system: You are a helpful assistant.
user:
Analyze the provided spectrum to determine if it is a **S-type Star**.

- **Key Indicators for S-type Star:**

    - **(Overall Spectrum Shape):** The first and most obvious characteristic is the overall continuum (the "baseline" shape). It is **extremely "red-sloping,"** meaning the flux (light intensity) is very low on the left side (blue, ~4000-4500 Å) and rises steeply and continuously toward the right side (red, ~7000 Å+).

    - **(Primary):** The spectrum is defined by the presence of strong, broad molecular absorption "valleys" (bands) from **Zirconium Oxide (ZrO)**. The identification of these bands is the **primary requirement** for classifying a star as S-type.
        - **(Key Bandheads):** You must find distinct, deep "dips" where the light has been absorbed. The most critical band systems to locate are:
            - **~6474 Å** ($\gamma$-system): This is often the strongest and clearest ZrO feature, found in the red part of the spectrum.
            - **~5718 Å** & **~5551 Å** ($\beta$-system): A pair of prominent absorption features in the yellow-orange part of the spectrum.
            - **~4640 Å** ($\alpha$-system): A key absorption band system in the blue-green region of the spectrum.

    - **(Secondary Confirmation):** The classification is strengthened by finding additional absorption bands from other related heavy element oxides, which are expected to be present alongside ZrO.
        - **(Key Bandheads):**
            - **Yttrium Oxide (YO):** Look for absorption dips near **~4800 Å** and **~6100 Å**.
            - **Lanthanum Oxide (LaO):** Additional absorption features, particularly in the red-orange part of the spectrum, are also characteristic.

    - **(Line Profile):** The combination of the steep red continuum and these numerous, deep molecular bands (ZrO, YO, etc.) gives the entire spectrum a very **"chopped-up"** or **"bumpy"** appearance. Instead of a smooth curve, the spectrum looks as though large, wide chunks of light have been "carved out" of it at the specific wavelengths listed above.

Think first, call **spectral_visualization_tool** if needed to examine features in detail, then provide your final answer. Your response must adhere to the following strict rules:
1.  **Overall Structure:** Your response must follow the format `<think>...</think> <tool_call>...</tool_call> (if a tool is used) <answer>...</answer>`.
2.  **Tool Usage Constraint:** You may only make **one** tool call per turn.
3.  **Final Answer Format:** In the `<answer>` tag, your conclusion must be inside a `\boxed{}` command (e.g., `\boxed{YES}` or `\boxed{NO}`), followed by your justification.

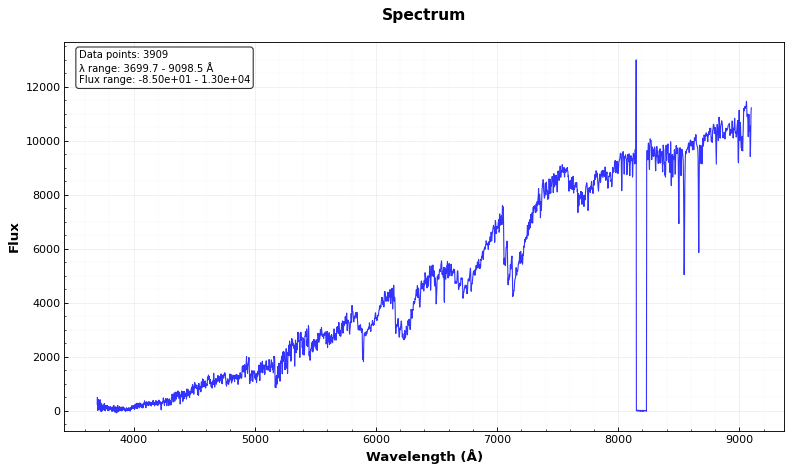
Answer: YES